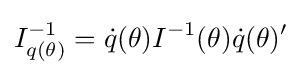
I_{q(\theta )}^{-1}={\dot {q}}(\theta )I^{-1}(\theta ){\dot {q}}(\theta )'